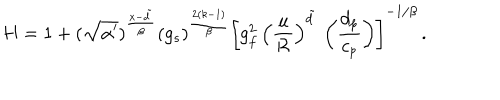
H = 1 + ( \sqrt { \alpha ^ { \prime } } ) ^ { { \frac { x - \tilde { d } } { \beta } } } ( g _ { s } ) ^ { { \frac { 2 ( k - 1 ) } { \beta } } } \left[ g _ { f } ^ { 2 } \, \left( { \frac { u } { \cal R } } \right) ^ { \tilde { d } } \, \left( { \frac { d _ { p } } { c _ { p } } } \right) \right] ^ { - 1 / \beta } \, .